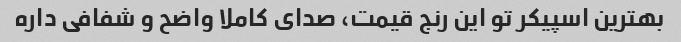
بهترین اسپیکر تو این رنج قیمت، صدای کاملا واضح و شفافی داره